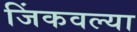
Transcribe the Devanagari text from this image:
जिंकवल्या